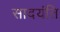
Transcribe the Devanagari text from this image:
सादयंति